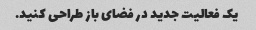
یک فعالیت جدید در فضای باز طراحی کنید.